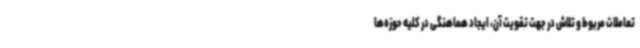
تعاملات مربوط و تلاش در جهت تقویت آن، ایجاد هماهنگی در کلیه حوزه‌ها